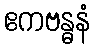
ဧကဗန္ဓနံ